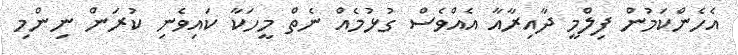
އެހެންކަމުން ފިލްމީ ދާއިރާއާ އެއްވެސް ގުޅުމެއް ނެތް މީހަކާ ކައިވެނި ކުރަން ނިންމި